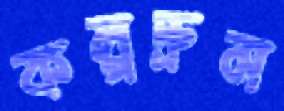
কল্পদ্রুম